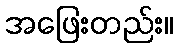
အဖြေးတည်း။